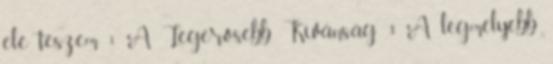
elé teszem 1 A Legerősebb Kívánság 3 A legmélyebb